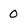
Character: 0